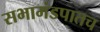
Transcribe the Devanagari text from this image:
सभामंडपातच